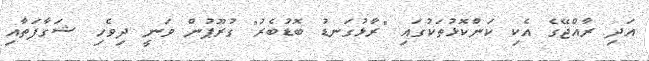
އަދި ރާއްޖޭގެ އެކި ކަންކޮޅުތަކުގައި "ރާޅުގަނޑު ބޮޑުބެރު" ގުރޫޕުން ވަނީ ދިވެހި ޝަގާފަތާއި